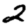
Digit: 2